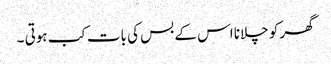
گھر کو چلانا اس کے بس کی بات کب ہوتی ۔